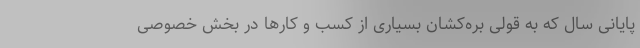
پایانی سال که به قولی بره‌کشان بسیاری از کسب و کارها در بخش خصوصی